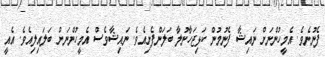
ފެނުނެވެ. އެމީހުންނަށް ނައިޝާ ފެނުމުން ކަޅިޖަހާނުލާ ބަލަންފެށިއެވެ. ނައިޝާވެސް އެމީހުންނަށް ބަލައިލިއެވެ. އެއީ